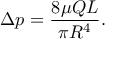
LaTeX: \Delta p = { \frac { 8 \mu Q L } { \pi R ^ { 4 } } } .